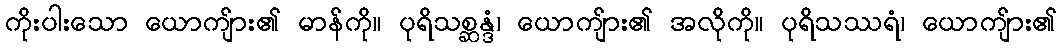
ကိုးပါးသော ယောကျ်ား၏ မာန်ကို။ ပုရိသစ္ဆန္ဒံ၊ ယောကျ်ား၏ အလိုကို။ ပုရိသဿရံ၊ ယောကျ်ား၏